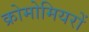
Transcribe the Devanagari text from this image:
क्रोमोमियरों